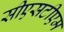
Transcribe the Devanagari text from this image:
सीएसटीएम